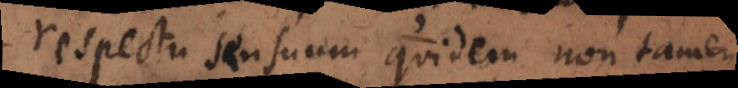
respectu sensuum quidem non tamen